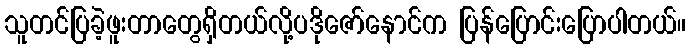
သူတင်ပြခဲ့ဖူးတာတွေရှိတယ်လို့ပဒိုဇော်နောင်က ပြန်ပြောင်းပြောပါတယ်။